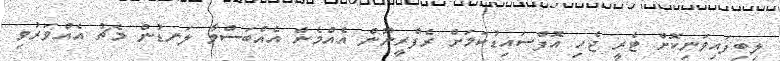
ލިބިފައިވަނިކޮށް ޓެރީ ޖެހި އޮފްސައިޑުކަމަށް ރެފްރީނޫން އެއްމެން އެއްބަސްވާ ލަނޑުން މެޗު އެއްވަރުވި